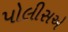
પોલીસએ